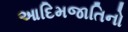
આદિમજાતિનો